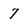
Character: 7